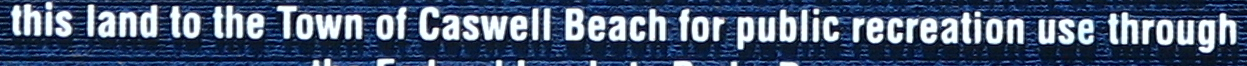
this land to the Town of Caswell Beach for public recreation use through